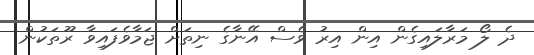
ދެ ލޯ މަރާލައިގެން އިން އިރު ވެސް އޭނާގެ ނިތަށް ޖަމާވެފައިވާ ރޫތަކުން